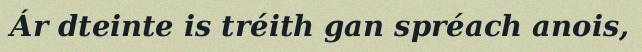
Ár dteinte is tréith gan spréach anois,